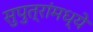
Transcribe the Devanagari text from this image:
सुपुत्रांमध्ये